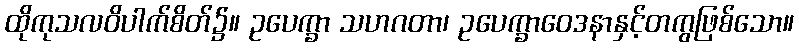
ထိုကုသလဝိပါက်စိတ်၌။ ဥပေက္ခာ သဟဂတာ၊ ဥပေက္ခာဝေဒနာနှင့်တကွဖြစ်သော။